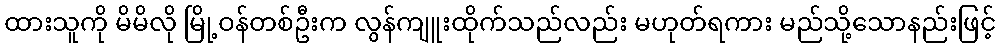
ထားသူကို မိမိလို မြို့ဝန်တစ်ဦးက လွန်ကျူးထိုက်သည်လည်း မဟုတ်ရကား မည်သို့သောနည်းဖြင့်